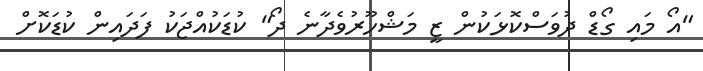
"އޯ މައި ގޯޑް ދުވަސްކޮޅަކުން ޒީ މަޝްހޫރުވެދާނެ ދޯ" ކުޑަކުއްޖަކު ފަދައިން ކުޑަކޮށް